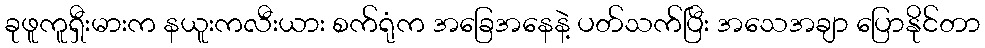
ခုဖူကူရှီးမားက နယူးကလီးယား စက်ရုံက အခြေအနေနဲ့ ပတ်သက်ပြီး အသေအချာ ပြောနိုင်တာ